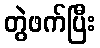
တွဲဖက်ပြီး